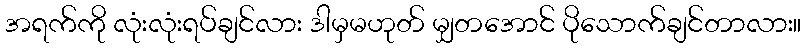
အရက်ကို လုံးလုံးရပ်ချင်လား ဒါမှမဟုတ် မျှတအောင် ပိုသောက်ချင်တာလား။